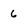
Character: 6